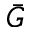
\bar { G }